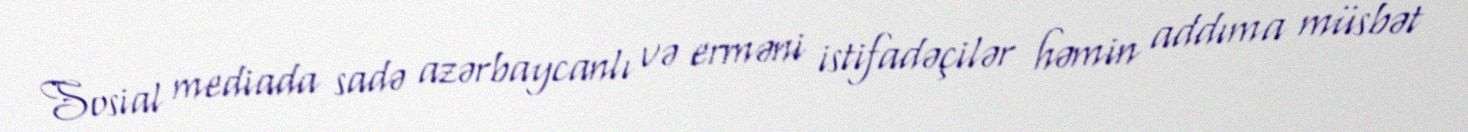
Sosial mediada sadə azərbaycanlı və erməni istifadəçilər həmin addıma müsbət